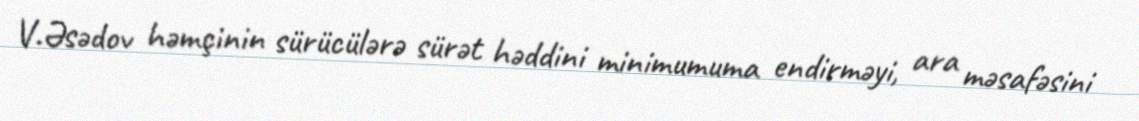
V.Əsədov həmçinin sürücülərə sürət həddini minimumuma endirməyi, ara məsafəsini